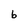
Character: b